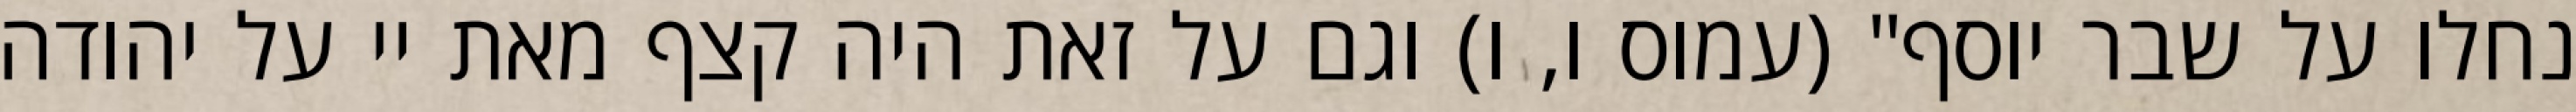
נחלו על שבר יוסף" (עמוס ו, ו) וגם על זאת היה קצף מאת יי על יהודה